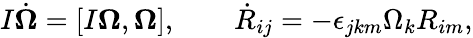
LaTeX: \begin{array}{r}{I\dot{\boldsymbol\Omega}=[I{\boldsymbol\Omega},{\boldsymbol\Omega}],\qquad\dot{R}_{ij}=-\epsilon_{jkm}\Omega_{k}R_{im},}\end{array}